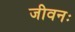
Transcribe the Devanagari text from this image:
जीवनः